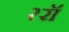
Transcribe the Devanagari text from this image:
२रॉ